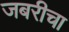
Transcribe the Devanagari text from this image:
जबरीचा